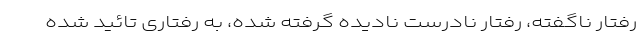
رفتار ناگفته، رفتار نادرستِ نادیده گرفته شده، به رفتاری تائید شده